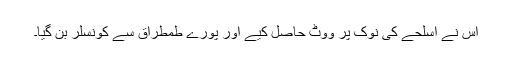
اس نے اسلحے کی نوک پر ووٹ حاصل کیے اور پورے طمطراق سے کونسلر بن گیا۔